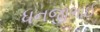
ધનજીભાઈ